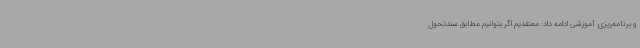
و برنامه‌ریزی آموزشی ادامه داد: معتقدیم اگر بتوانیم مطابق سندتحول